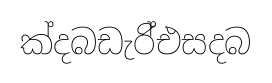
ක්දබඩැරි්එසදබ